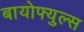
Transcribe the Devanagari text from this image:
बायोफ्युल्स